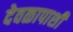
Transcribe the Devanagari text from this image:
देवळापाशी